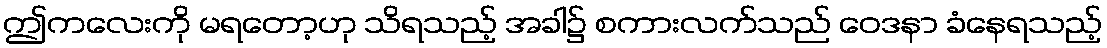
ဤကလေးကို မရတော့ဟု သိရသည့် အခါ၌ စကားလက်သည် ဝေဒနာ ခံနေရသည့်